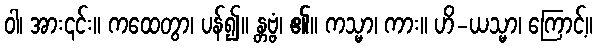
ဝါ၊ အား၎င်း။ ကထေတွာ၊ ပန်၍။ န္တဗ္ဗံ၊ ၏။ ကသ္မာ၊ ကား။ ဟိ-ယသ္မာ၊ ကြောင့်။